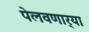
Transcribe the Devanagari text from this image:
पेलवणार्‍या